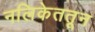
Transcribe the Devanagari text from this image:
नलिकेततून